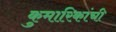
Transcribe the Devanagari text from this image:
कुमारिकांची